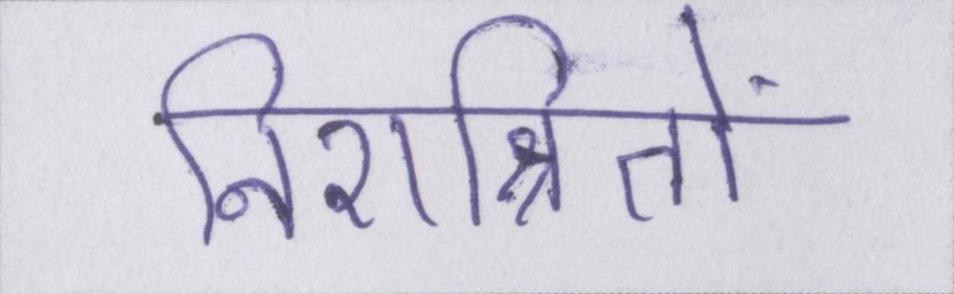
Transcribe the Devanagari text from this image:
निराश्रितों